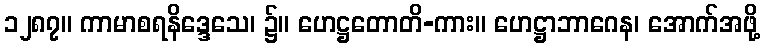
၁၂၈၇။ ကာမာစရနိဒ္ဒေသေ၊ ၌။ ဟေဋ္ဌတောတိ-ကား။ ဟေဋ္ဌာဘာဂေန၊ အောက်အဖို့